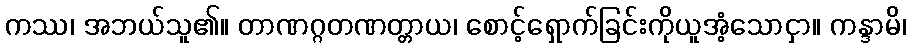
ကဿ၊ အဘယ်သူ၏။ တာဏဂ္ဂတဏတ္တာယ၊ စောင့်ရှောက်ခြင်းကိုယူအံ့သောငှာ။ ကန္ဒာမိ၊